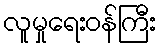
လူမှုရေးဝန်ကြီး